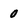
Character: 0